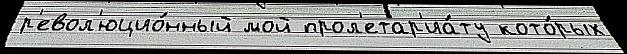
р'евол'юцио́нный мой прол'етар'иа́ту кото́рых